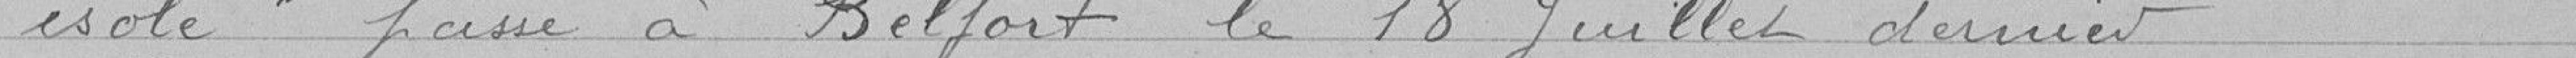
" isolé" passé à Belfort le 18 Juillet dernier